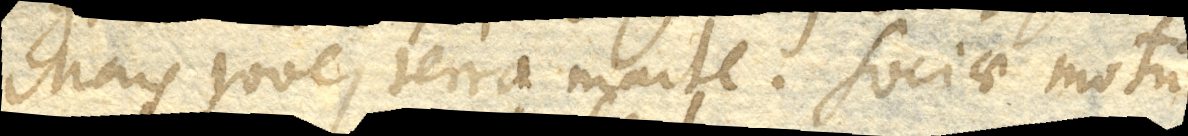
Mars Jove , terra Marte . Sociae motum